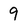
Character: 9